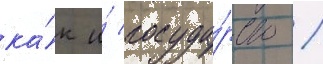
ка́к и́ госуда́рство /